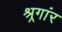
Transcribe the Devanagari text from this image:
श्र्रगांर